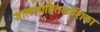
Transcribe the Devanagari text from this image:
जाललोहितकोशिका